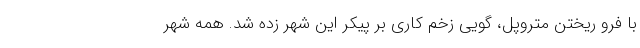
با فرو ریختنِ متروپل، گویی زخم کاری بر پیکر این شهر زده شد. همه شهر